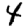
Digit: 4